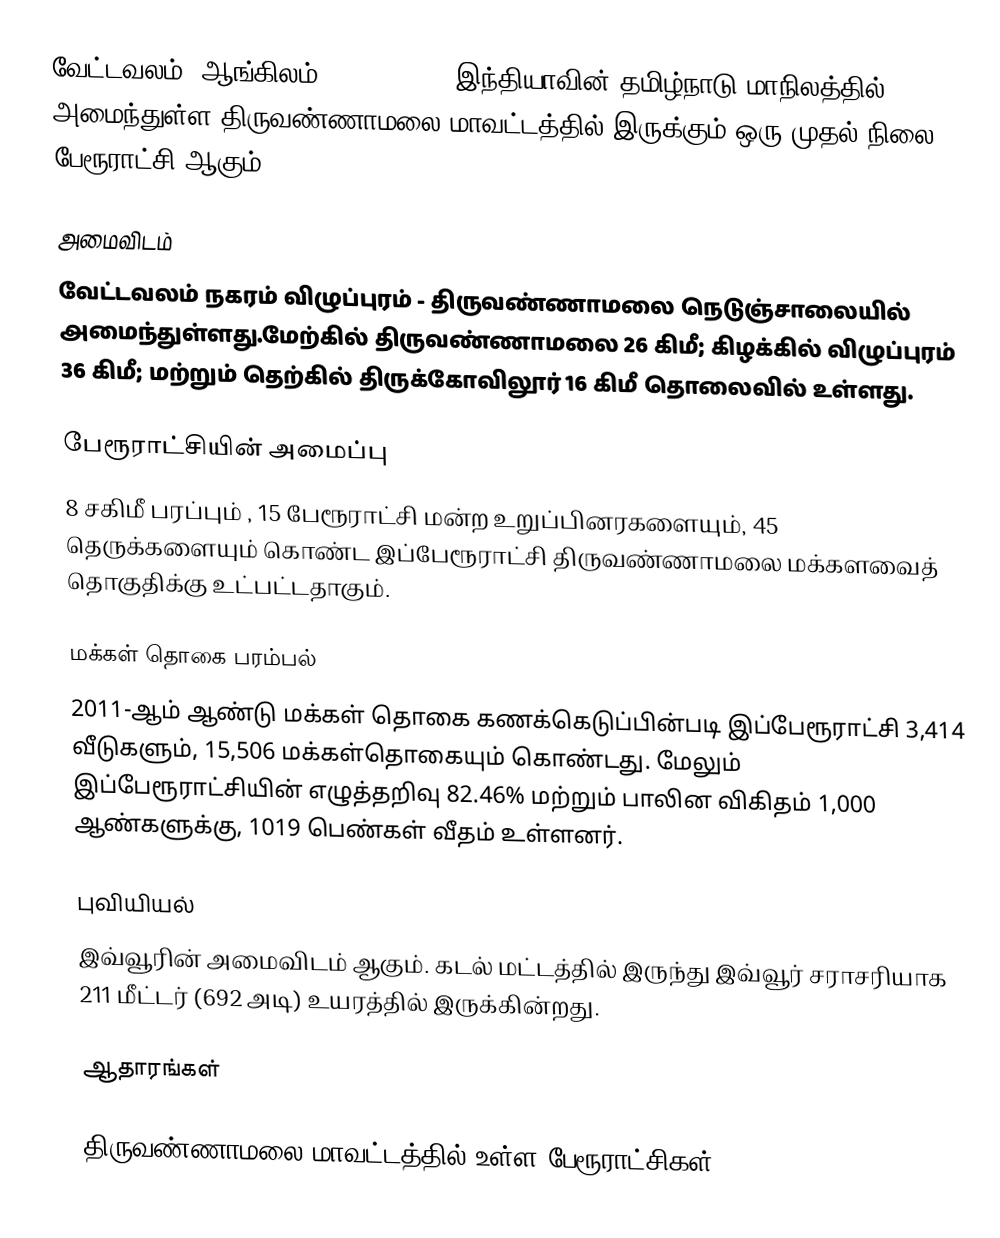
வேட்டவலம் (ஆங்கிலம்:Vettavalam), இந்தியாவின் தமிழ்நாடு மாநிலத்தில் அமைந்துள்ள திருவண்ணாமலை மாவட்டத்தில் இருக்கும் ஒரு முதல் நிலை பேரூராட்சி ஆகும்.

அமைவிடம்
வேட்டவலம் நகரம் விழுப்புரம் - திருவண்ணாமலை நெடுஞ்சாலையில் அமைந்துள்ளது.மேற்கில் திருவண்ணாமலை 26 கிமீ; கிழக்கில் விழுப்புரம் 36 கிமீ; மற்றும் தெற்கில் திருக்கோவிலூர் 16 கிமீ தொலைவில் உள்ளது.

பேரூராட்சியின் அமைப்பு
8 சகிமீ பரப்பும் , 15  பேரூராட்சி மன்ற உறுப்பினரகளையும்,  45 தெருக்களையும் கொண்ட  இப்பேரூராட்சி திருவண்ணாமலை மக்களவைத் தொகுதிக்கு உட்பட்டதாகும்.

மக்கள் தொகை பரம்பல்
2011-ஆம் ஆண்டு மக்கள் தொகை கணக்கெடுப்பின்படி   இப்பேரூராட்சி 3,414 வீடுகளும், 15,506 மக்கள்தொகையும் கொண்டது. மேலும் இப்பேரூராட்சியின் எழுத்தறிவு 82.46% மற்றும்  பாலின விகிதம் 1,000 ஆண்களுக்கு, 1019 பெண்கள் வீதம் உள்ளனர்.

புவியியல்
இவ்வூரின் அமைவிடம்  ஆகும். கடல் மட்டத்தில் இருந்து இவ்வூர் சராசரியாக 211 மீட்டர் (692 அடி) உயரத்தில் இருக்கின்றது.

ஆதாரங்கள்

திருவண்ணாமலை மாவட்டத்தில் உள்ள பேரூராட்சிகள்